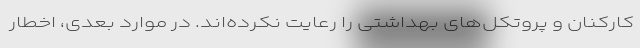
کارکنان و پروتکل‌های بهداشتی را رعایت نکرده‌اند. در موارد بعدی، اخطار